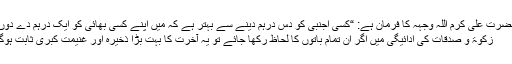
حضرت علی کرم اللہ وجہہ کا فرمان ہے: “کسی اجنبی کو دس درہم دینے سے بہتر ہے کہ میں اپنے کسی بھائی کو ایک درہم دے دوں”
زکوٰۃ و صدقات کی ادائیگی میں اگر ان تمام باتوں کا لحاظ رکھا جائے تو یہ آخرت کا بہت بڑا ذخیرہ اور غنیمت کبریٰ ثابت ہوگا۔